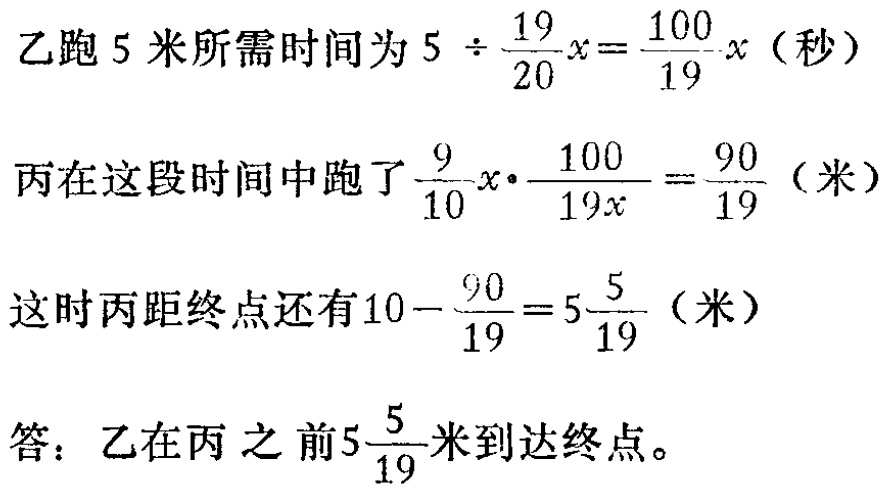
乙跑 5 米所需时间为 \(5\div\frac{19}{20}x = \frac{100}{19}x\)（秒）

丙在这段时间中跑了 \(\frac{9}{10}x\cdot\frac{100}{19x}=\frac{90}{19}\)（米）

这时丙距终点还有 \(10 - \frac{90}{19}=5\frac{5}{19}\)（米）

答：乙在丙之前\(5\frac{5}{19}\)米到达终点。